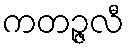
ကတဉ္ဇလီ